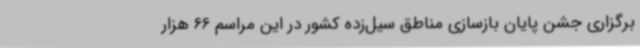
برگزاری جشن پایان بازسازی مناطق سیل‌زده کشور در این مراسم 66 هزار